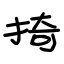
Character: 掎